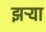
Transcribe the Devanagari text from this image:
झर्‍या